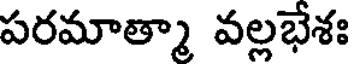
పరమాత్మా వల్లభేశః